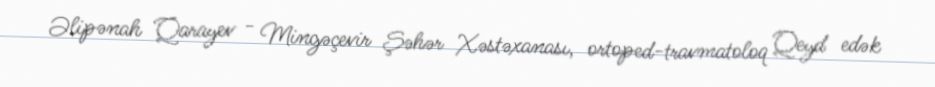
Əlipənah Qarayev - Mingəçevir Şəhər Xəstəxanası, ortoped-travmatoloq Qeyd edək